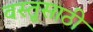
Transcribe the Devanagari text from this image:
वस्तूसाठी